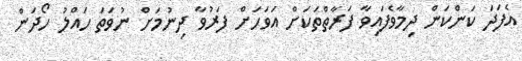
އެފަދަ ކަންކަން ދިމާވެފައިވާ ފަރާތްތަކަށް އަވަހަށް ފަރުވާ ދިނުމަށް ނުވަތަ ހައްލު ހޯދަން